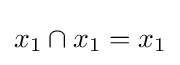
x_{1}\cap x_{1}=x_{1}